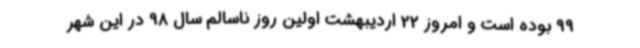
99 بوده است و امروز 22 اردیبهشت اولین روز ناسالم سال 98 در این شهر